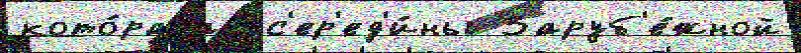
кото́раjа  с'ер'ед'и́ны Заруб'е́жной